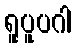
ရူပူပဂါ